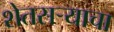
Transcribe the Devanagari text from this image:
शेतसऱ्याचा